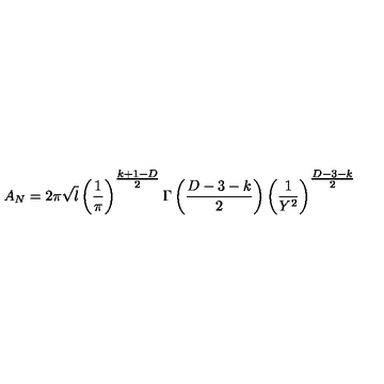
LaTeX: A _ { N } = 2 \pi \sqrt { l } \left( \frac { 1 } { \pi } \right) ^ { { \textstyle \frac { k + 1 - D } { 2 } } } \Gamma \left( \frac { D - 3 - k } { 2 } \right) \left( \frac { 1 } { Y ^ { 2 } } \right) ^ { { \textstyle \frac { D - 3 - k } { 2 } } }